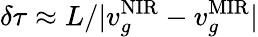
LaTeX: \delta\tau\approx L/|v_{g}^{\mathrm{NIR}}-v_{g}^{\mathrm{MIR}}|